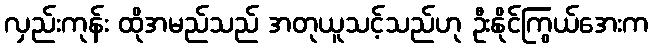
လှည်းကုန်း ထိုအမည်သည် အတုယူသင့်သည်ဟု ဦးနိုင်ကြွယ်အေးက